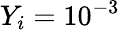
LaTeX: Y_{i}=10^{-3}